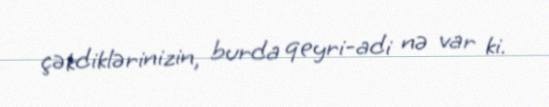
çəkdiklərinizin, burda qeyri-adi nə var ki.